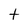
Character: t